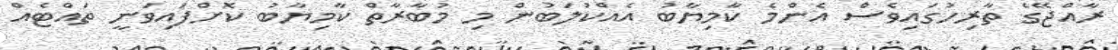
ރާއްޖޭގެ ތާރިހުގައިވެސް އެންމެ ކާމިޔާބު އެއްކުލަބުން މި މުބާރާތް ކާމިޔާބު ކޮށްފައިވަނީ ތައްޓެއް